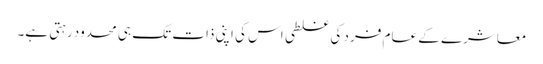
معاشرے کے عام فرد کی غلطی اس کی اپنی ذات تک ہی محدود رہتی ہے۔